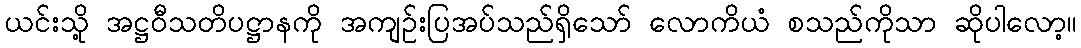
ယင်းသို့ အဋ္ဌဝီသတိပဋ္ဌာနကို အကျဉ်းပြအပ်သည်ရှိသော် လောကိယံ စသည်ကိုသာ ဆိုပါလော့။